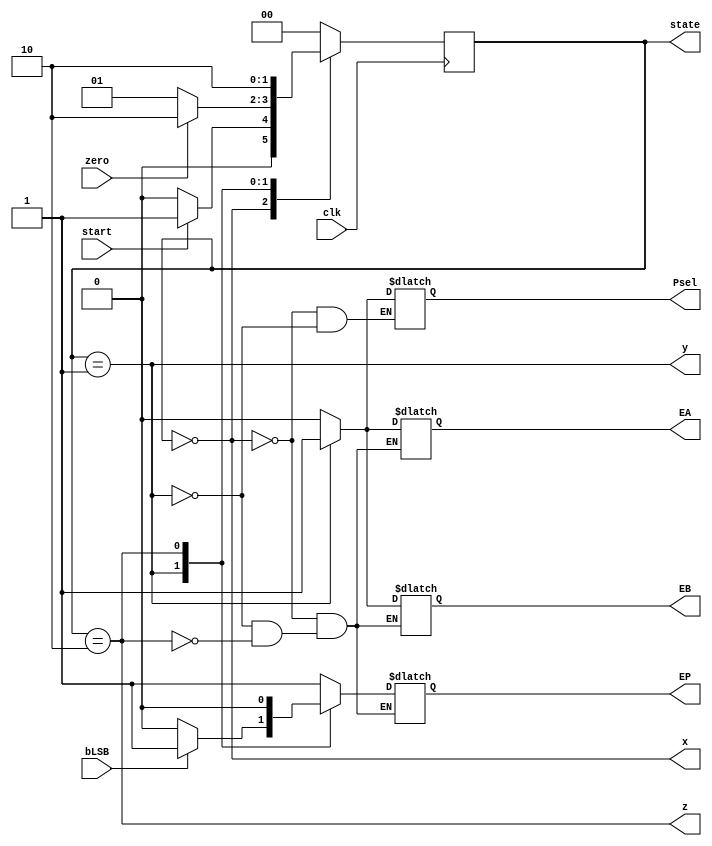
module controlUnit (input clk, start,zero, bLSB, output reg EB, EA, EP, Psel,output reg [1:0] state, output x,y,z);
parameter S0= 2'b00, S1= 2'b01,S2=2'b10; 
reg [1:0] currentState=S0, nextState =S0;
assign x= (currentState==S0);
assign y= (currentState==S1);
assign z= (currentState==S2);
always @(start or currentState) begin
state<=currentState;
case (currentState)
S0:begin
Psel<=1'b0;
EP<=1'b1;
EA<=1'b0;
EB<=1'b0;
if (start)
nextState<= S1;
else nextState<= S0;
end
S1: begin
Psel<=1'b1;
EP<=1'b1;
EA<=1'b1;
EB<=1'b1;
if (zero)
nextState<=S2;
else nextState <=S1;
if(bLSB)
EP<=1'b1;
else EP<=1'b0;
end
S2: begin
EP<=1'b0;
EA<=1'b0;
EB<=1'b0;
nextState<=S2;
end
default:nextState<=S0;
endcase
end
always @(posedge clk) begin
currentState <= nextState;
end
endmodule